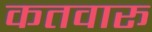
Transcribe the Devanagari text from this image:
कतवारू